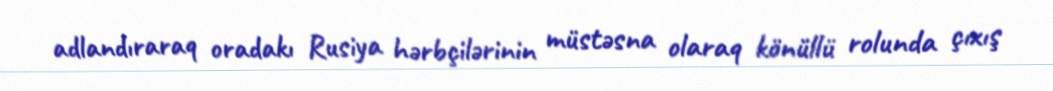
adlandıraraq oradakı Rusiya hərbçilərinin müstəsna olaraq könüllü rolunda çıxış